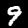
Digit: 9